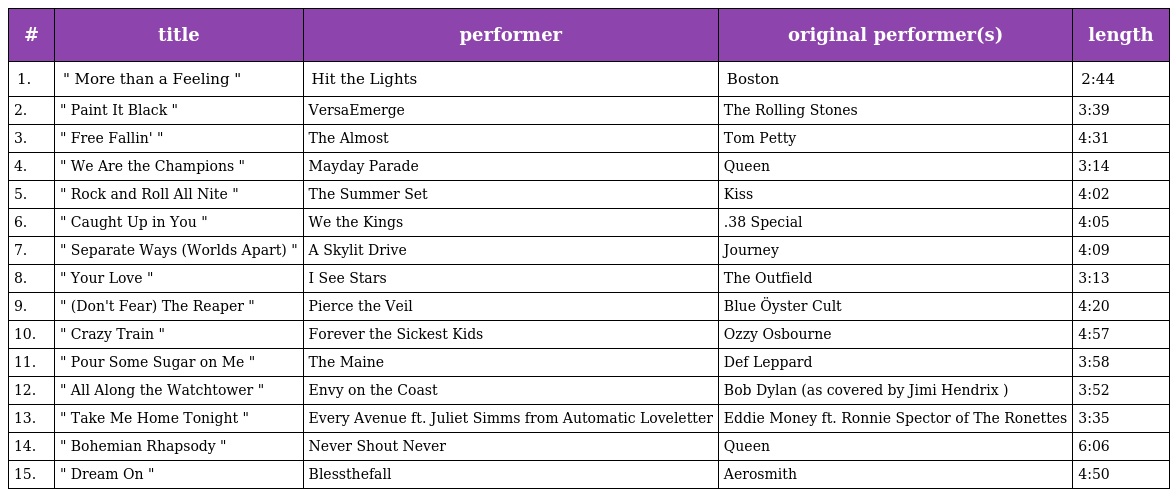
| # | title | performer | original performer(s) | length |
 | --- | --- | --- | --- | --- |
 | 1. | " More than a Feeling " | Hit the Lights | Boston | 2:44 |
 | 2. | " Paint It Black " | VersaEmerge | The Rolling Stones | 3:39 |
 | 3. | " Free Fallin' " | The Almost | Tom Petty | 4:31 |
 | 4. | " We Are the Champions " | Mayday Parade | Queen | 3:14 |
 | 5. | " Rock and Roll All Nite " | The Summer Set | Kiss | 4:02 |
 | 6. | " Caught Up in You " | We the Kings | .38 Special | 4:05 |
 | 7. | " Separate Ways (Worlds Apart) " | A Skylit Drive | Journey | 4:09 |
 | 8. | " Your Love " | I See Stars | The Outfield | 3:13 |
 | 9. | " (Don't Fear) The Reaper " | Pierce the Veil | Blue Öyster Cult | 4:20 |
 | 10. | " Crazy Train " | Forever the Sickest Kids | Ozzy Osbourne | 4:57 |
 | 11. | " Pour Some Sugar on Me " | The Maine | Def Leppard | 3:58 |
 | 12. | " All Along the Watchtower " | Envy on the Coast | Bob Dylan (as covered by Jimi Hendrix ) | 3:52 |
 | 13. | " Take Me Home Tonight " | Every Avenue ft. Juliet Simms from Automatic Loveletter | Eddie Money ft. Ronnie Spector of The Ronettes | 3:35 |
 | 14. | " Bohemian Rhapsody " | Never Shout Never | Queen | 6:06 |
 | 15. | " Dream On " | Blessthefall | Aerosmith | 4:50 |